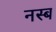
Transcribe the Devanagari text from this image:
नस्ब